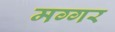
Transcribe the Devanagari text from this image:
मग्गर